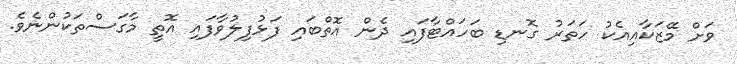
ވަށް މޭޒަކާއިއެކު ހަތަރު ގޮނޑި ބަހައްޓާފައި ދެން އޮތްބައި ފަޅުފިލުވާފައި އޮތީ މާގަސްތަކުންނެވެ.